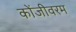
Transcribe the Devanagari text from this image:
कोंजीवरम